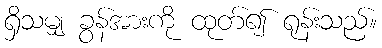
ရှိသမျှ ခွန်အားကို ထုတ်၍ ရုန်းသည်။